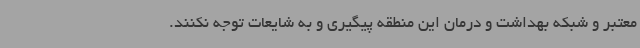
معتبر و شبکه بهداشت و درمان این منطقه پیگیری و به شایعات توجه نکنند.